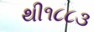
થી૧૮૮૩